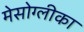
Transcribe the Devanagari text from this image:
मेसोग्लीका